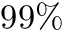
9 9 \%